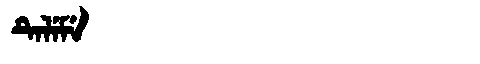
Manchu: ᡨᡝᠯᡝᠮᡝ
Romanization: TELEME